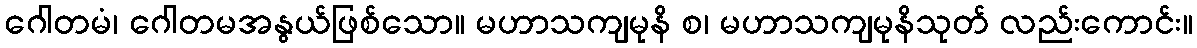
ဂေါတမံ၊ ဂေါတမအနွယ်ဖြစ်သော။ မဟာသကျမုနိ စ၊ မဟာသကျမုနိသုတ် လည်းကောင်း။